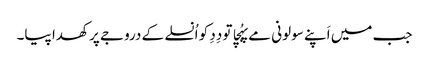
جب میں اَپنے سولونی مے پہُچا تو دِدِ کو اُنسلے کے دروجے پر کھدا پیا۔